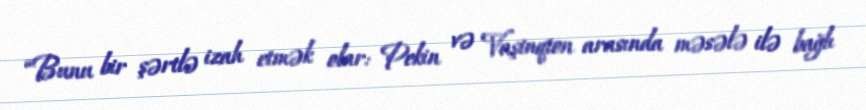
“Bunu bir şərtlə izah etmək olar: Pekin və Vaşinqton arasında məsələ ilə bağlı